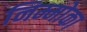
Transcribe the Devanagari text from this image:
निम्मोका